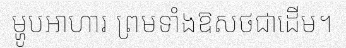
ម្ហូបអាហារ ព្រមទាំងឱសថជាដើម។